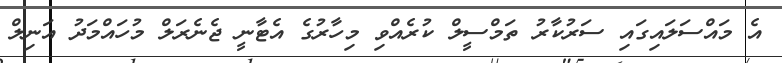
އެ މައްސަލައިގައި ސަރުކާރު ތަމްސީލް ކުރެއްވި މިހާރުގެ އެޓާނީ ޖެނެރަލް މުހައްމަދު އަނިލް